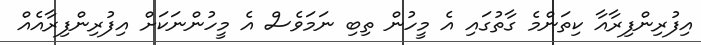
އިފުރިންފިރާއާ ކިތަންމެ ގާތުގައި އެ މީހުން ތިބި ނަމަވެސް އެ މީހުންނަކަށް އިފުރިންފިރާއެއް